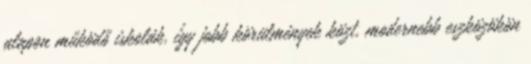
alapon működő iskolák, így jobb körülmények közt, modernebb eszközökön